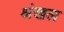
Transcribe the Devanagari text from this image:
श्रंखल